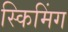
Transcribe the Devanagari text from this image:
स्किमिंग